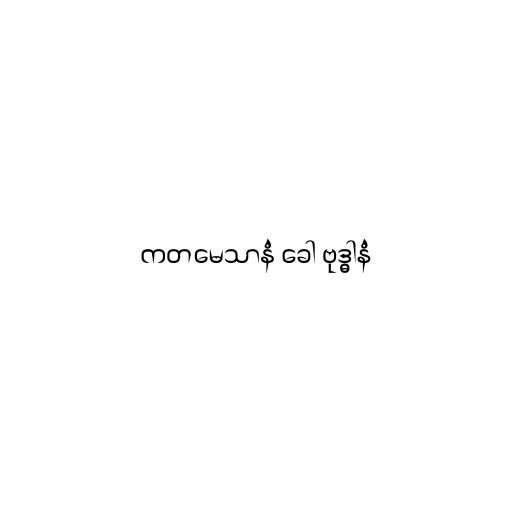
ကတမေသာနံ ခေါ ဗုဒ္ဓါနံ